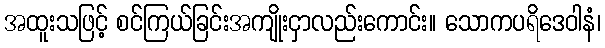
အထူးသဖြင့် စင်ကြယ်ခြင်းအကျိုးငှာလည်းကောင်း။ သောကပရိဒေဝါနံ၊